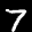
Label: 7